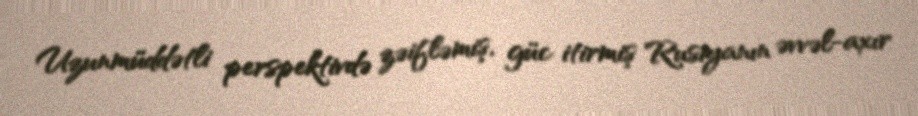
Uzunmüddətli perspektivdə zəifləmiş, güc itirmiş Rusiyanın əvvəl-axır